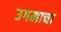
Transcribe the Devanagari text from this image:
उगमाचा